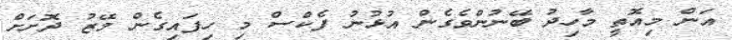
އަން މިއޮތީ މާހިދު ބޭނުންވެގެން އުޅުނު ފެކްސް މި ހިފައިގެން މޭޒު ދޮށަށް